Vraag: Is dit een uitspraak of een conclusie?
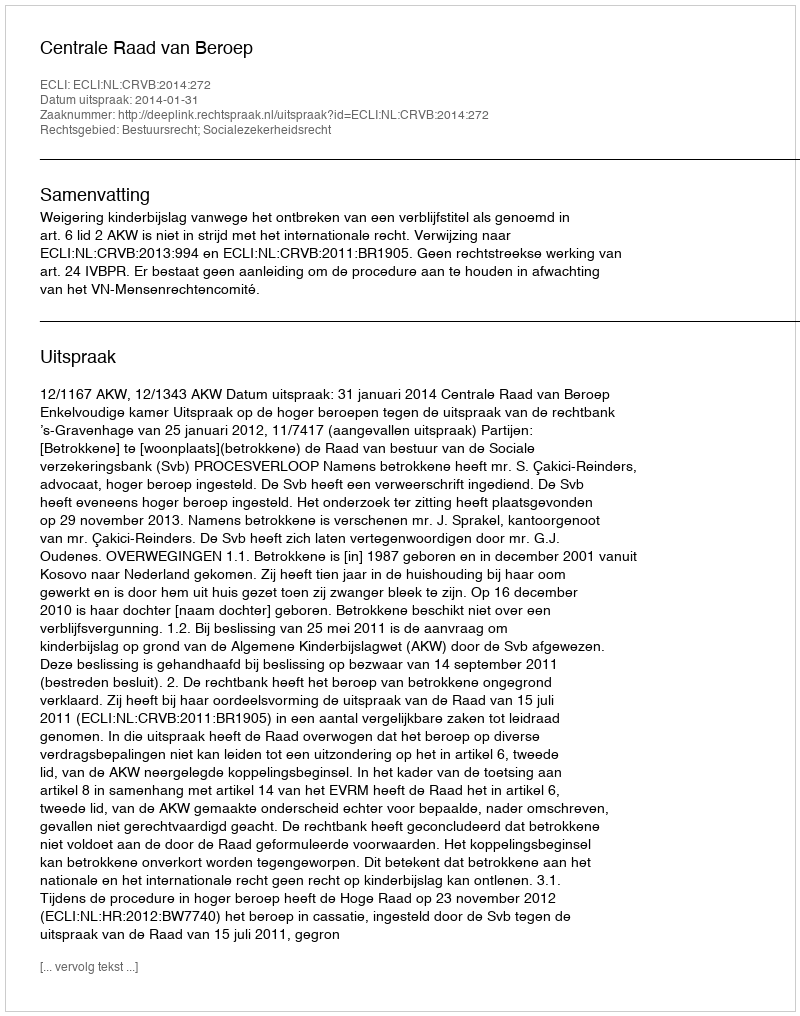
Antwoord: Uitspraak